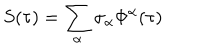
LaTeX: S ( \tau ) = \sum _ { \alpha } \sigma _ { \alpha } \Phi ^ { \alpha } ( \tau )